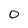
Character: 0